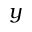
y